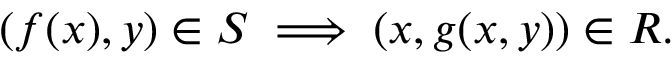
( f ( x ) , y ) \in S \implies ( x , g ( x , y ) ) \in R .